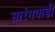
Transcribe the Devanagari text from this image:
सारंगवाडी